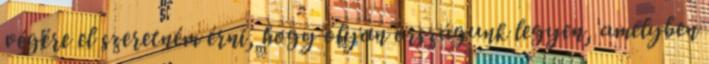
végére el szeretném érni, hogy olyan országunk legyen, amelyben